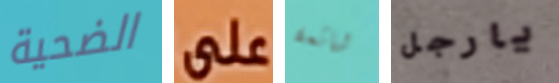
الضحية على شائعة يارجل